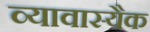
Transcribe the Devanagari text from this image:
व्यावास्यैक